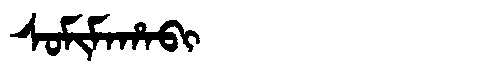
Manchu: ᠰᠣᠮᡳᠮᠠᡥᠠᠪᡳ
Romanization: SOMIMAHABI